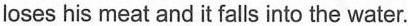
loses his meat and it falls into the water.